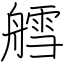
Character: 艝